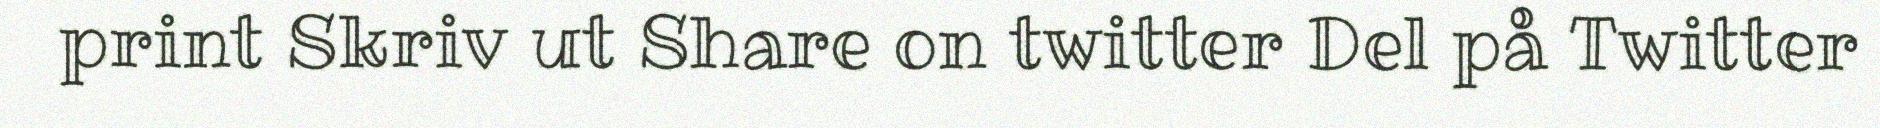
print Skriv ut Share on twitter Del på Twitter